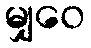
မျှဝေ